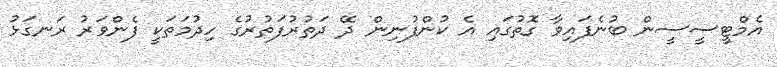
އެމްޓީސީސީން ބުނެފައިވާ ގޮތުގައި އެ ކުންފުނިން ދޭ ދަތުރުފަތުރުގެ ހިދުމަތަކީ ފެންވަރު ރަނގަޅު